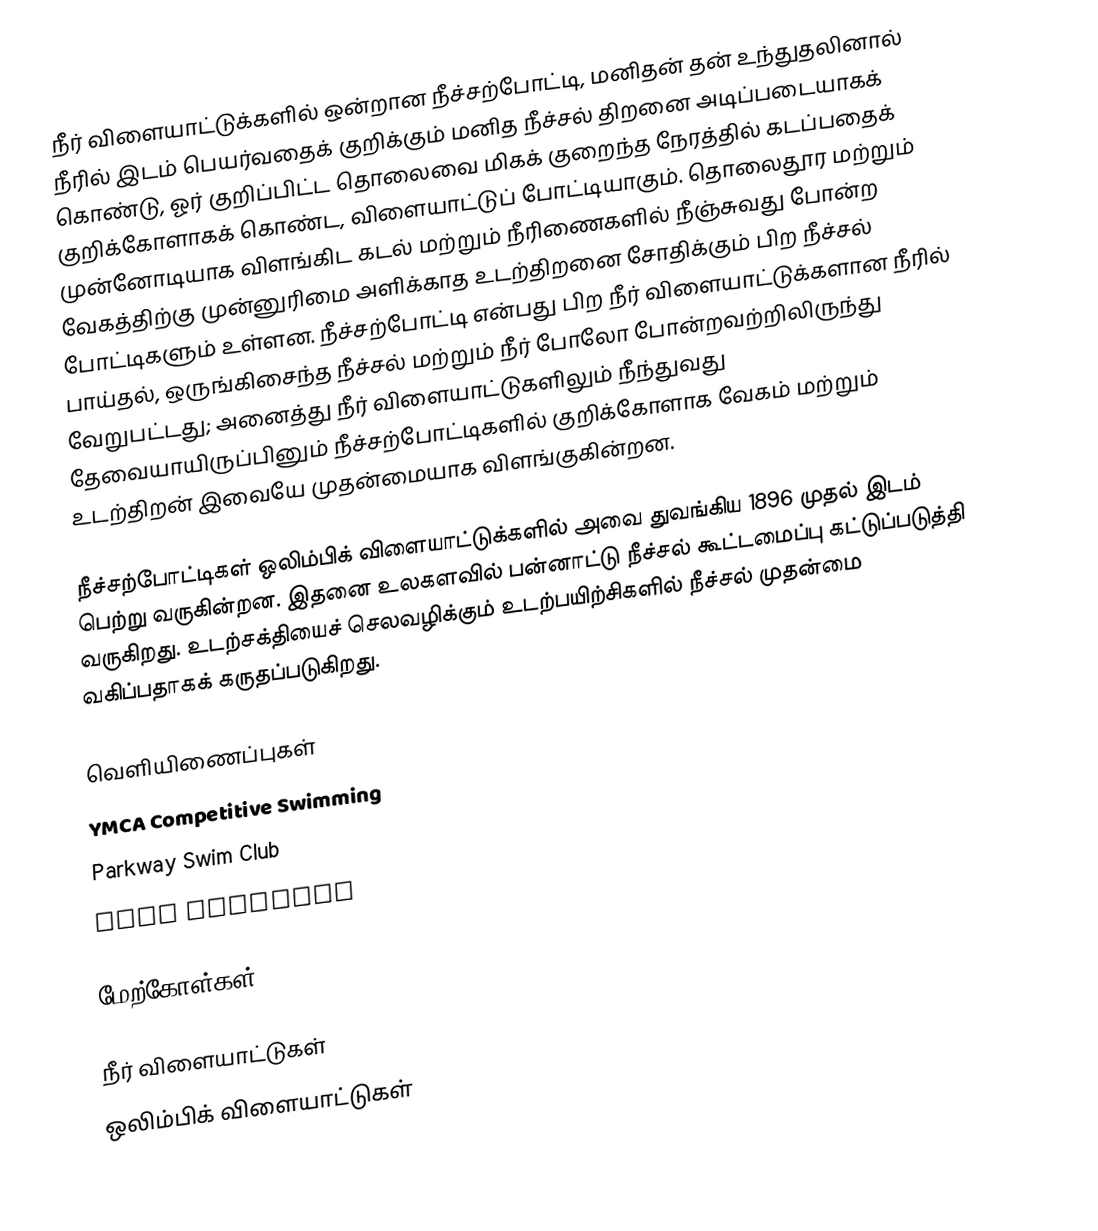
நீர் விளையாட்டுக்களில் ஒன்றான நீச்சற்போட்டி, மனிதன் தன் உந்துதலினால் நீரில் இடம் பெயர்வதைக் குறிக்கும் மனித நீச்சல் திறனை அடிப்படையாகக் கொண்டு,  ஓர் குறிப்பிட்ட தொலைவை மிகக் குறைந்த நேரத்தில் கடப்பதைக் குறிக்கோளாகக் கொண்ட, விளையாட்டுப் போட்டியாகும். தொலைதூர மற்றும் முன்னோடியாக விளங்கிட கடல் மற்றும் நீரிணைகளில் நீஞ்சுவது போன்ற வேகத்திற்கு முன்னுரிமை அளிக்காத உடற்திறனை சோதிக்கும் பிற நீச்சல் போட்டிகளும் உள்ளன. நீச்சற்போட்டி என்பது பிற நீர் விளையாட்டுக்களான நீரில் பாய்தல், ஒருங்கிசைந்த நீச்சல் மற்றும் நீர் போலோ போன்றவற்றிலிருந்து வேறுபட்டது; அனைத்து நீர் விளையாட்டுகளிலும் நீந்துவது தேவையாயிருப்பினும் நீச்சற்போட்டிகளில் குறிக்கோளாக வேகம் மற்றும் உடற்திறன் இவையே முதன்மையாக விளங்குகின்றன.

நீச்சற்போட்டிகள் ஒலிம்பிக் விளையாட்டுக்களில் அவை துவங்கிய 1896 முதல் இடம் பெற்று வருகின்றன. இதனை உலகளவில் பன்னாட்டு நீச்சல் கூட்டமைப்பு கட்டுப்படுத்தி வருகிறது. உடற்சக்தியைச் செலவழிக்கும் உடற்பயிற்சிகளில் நீச்சல் முதன்மை வகிப்பதாகக் கருதப்படுகிறது.

வெளியிணைப்புகள்
 YMCA Competitive Swimming
 Parkway Swim Club
  Swim Articles

மேற்கோள்கள்

நீர் விளையாட்டுகள்
ஒலிம்பிக் விளையாட்டுகள்